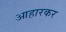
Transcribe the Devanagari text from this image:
आहारकर